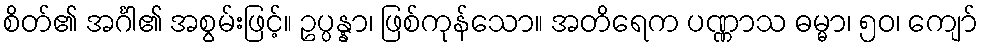
စိတ်၏ အင်္ဂါ၏ အစွမ်းဖြင့်။ ဥပ္ပန္နာ၊ ဖြစ်ကုန်သော။ အတိရေက ပဏ္ဏာသ ဓမ္မာ၊ ၅၀၊ ကျော်